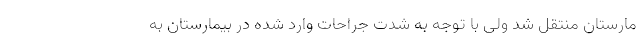
مارستان منتقل شد ولی با توجه به شدت جراحات وارد شده در بیمارستان به